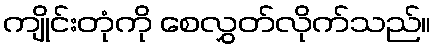
ကျိုင်းတုံကို စေလွှတ်လိုက်သည်။